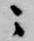
ニ